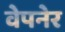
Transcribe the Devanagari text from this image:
वेपनेर